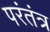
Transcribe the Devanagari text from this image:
परंतंत्र